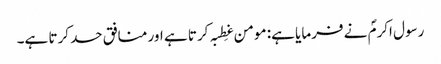
رسول اکرمؐ نے فرمایا ہے: مومن غِطبہ کرتا ہے اور منافق حسد کرتا ہے۔